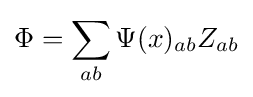
\Phi =\sum _{ab}\Psi (x)_{ab}Z_{ab}